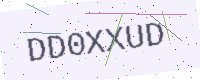
Text: DD0XXUD